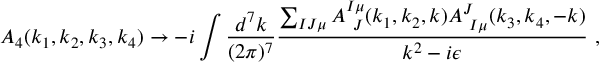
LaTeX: A _ { 4 } ( k _ { 1 } , k _ { 2 } , k _ { 3 } , k _ { 4 } ) \rightarrow - i \int { \frac { d ^ { 7 } k } { ( 2 \pi ) ^ { 7 } } } { \frac { \sum _ { I J \mu } A _ { \ J } ^ { I \mu } ( k _ { 1 } , k _ { 2 } , k ) A _ { \ I \mu } ^ { J } ( k _ { 3 } , k _ { 4 } , - k ) } { k ^ { 2 } - i \epsilon } } \ ,